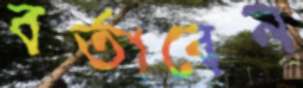
বর্তাবেন